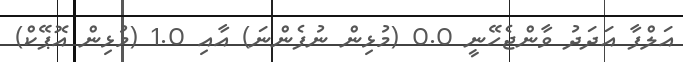
އަލްފާ އަދަދު ވާންޖެހޭނީ 0.0 (މުޅިން ނުފެންނަ) އާއި 1.0 (މުޅިން އޮޕޭކް)